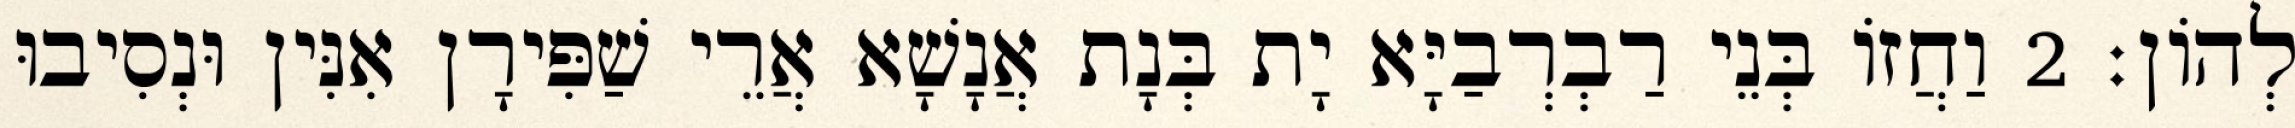
לְהוֹן׃ 2 וַחֲזוֹ בְּנֵי רַבְרְבַיָּא יָת בְּנָת אֲנָשָׁא אֲרֵי שַׁפִּירָן אִנִּין וּנְסִיבוּ